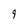
Character: 9